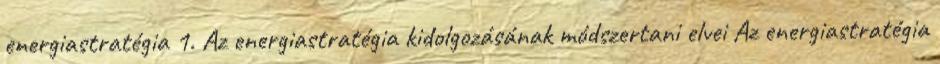
energiastratégia 1. Az energiastratégia kidolgozásának módszertani elvei Az energiastratégia